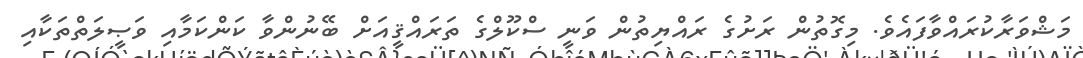
މަޝްވަރާކުރައްވާފައެވެ. މިގޮތުން ރަށުގެ ރައްޔިތުން ވަނީ ސްކޫލްގެ ތަރައްޤީއަށް ބޭނުންވާ ކަންކަމާއި ވަޞީލަތްތަކާއި